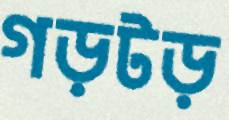
গড়টড়